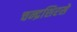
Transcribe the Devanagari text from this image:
चन्द्रशिरसे